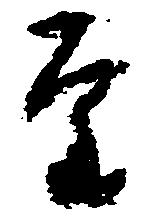
至